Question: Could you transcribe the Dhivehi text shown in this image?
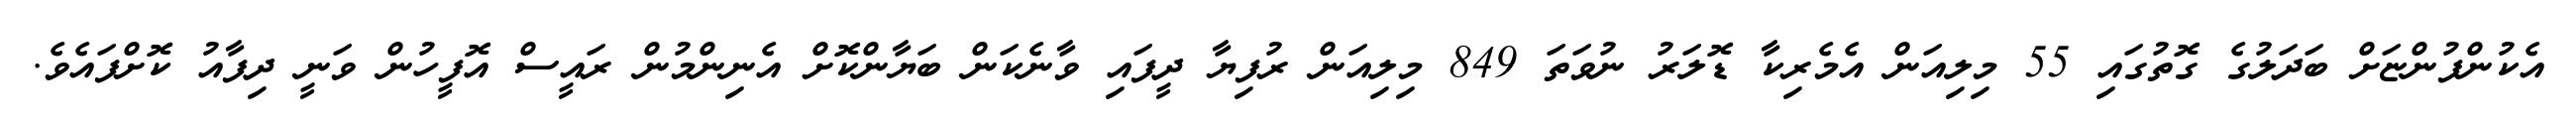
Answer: އެކުންފުންޏަށް ބަދަލުގެ ގޮތުގައި 55 މިލިއަން އެމެރިކާ ޑޮލަރު ނުވަތަ 849 މިލިއަން ރުފިޔާ ދީފައި ވާނެކަން ބަޔާންކޮށް އެނިންމުން ރައީސް އޮފީހުން ވަނީ ދިފާއު ކޮށްފައެވެ.